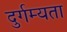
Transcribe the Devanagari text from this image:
दुर्गम्यता